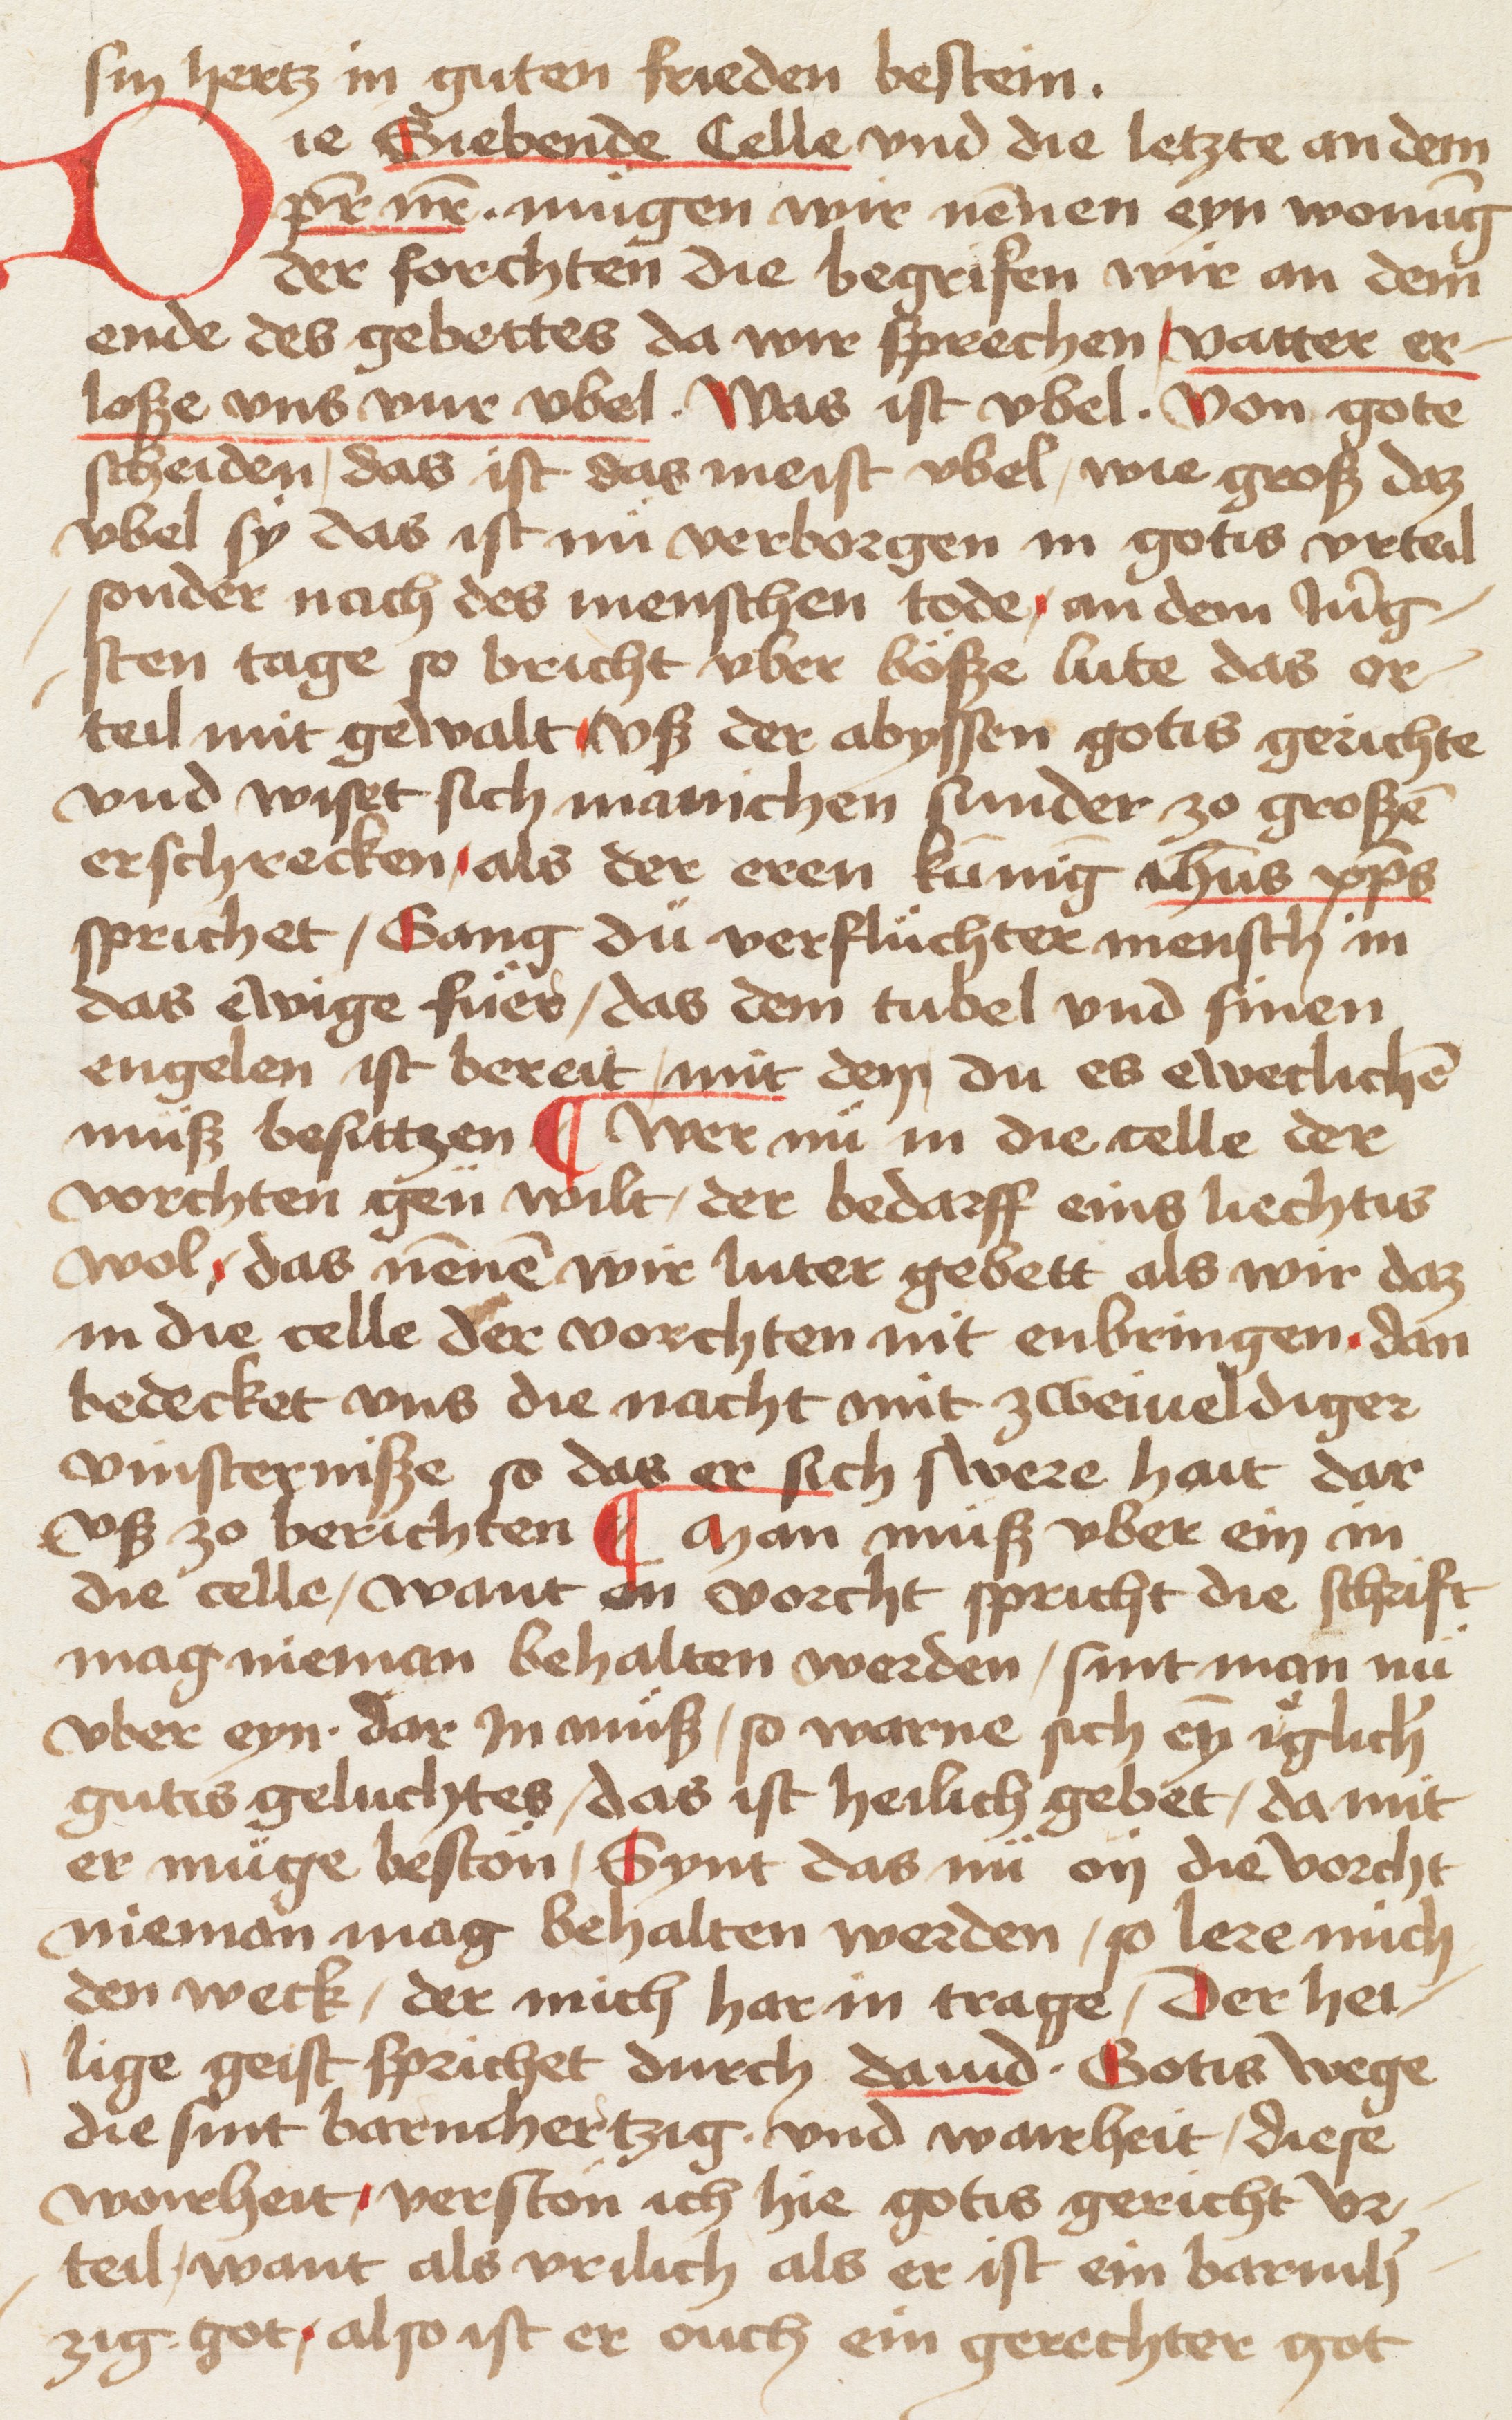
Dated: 1400–1499